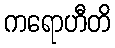
ကရောဟီတိ